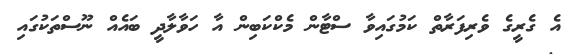
އެ ގެރީގެ ވެރިފަރާތް ކަމުގައިވާ ސްޓާން މެކްކަބިން އާ ހަވާލާދީ ބައެއް ނޫސްތަކުގައި